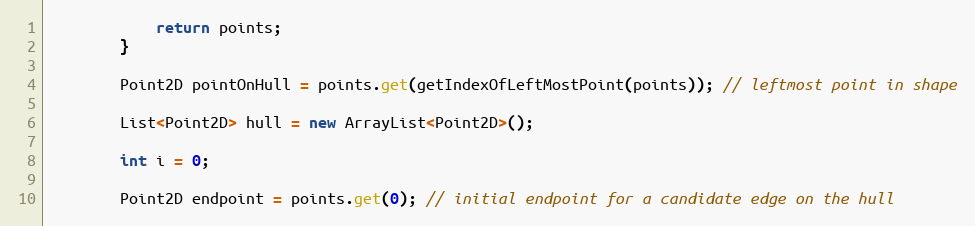
Language: Java
            return points;
        }

        Point2D pointOnHull = points.get(getIndexOfLeftMostPoint(points)); // leftmost point in shape

        List<Point2D> hull = new ArrayList<Point2D>();

        int i = 0;

        Point2D endpoint = points.get(0); // initial endpoint for a candidate edge on the hull